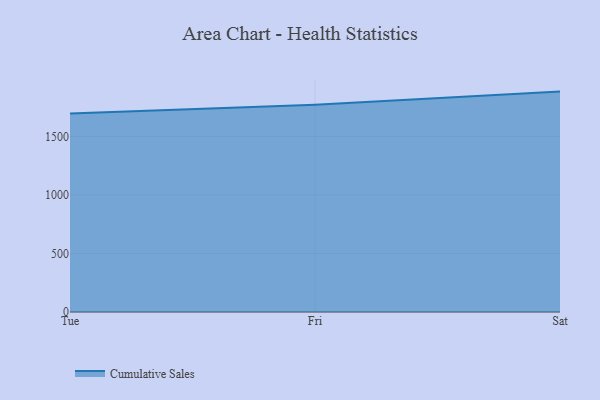
{"axis": {"x": "Day", "y": "Humidity (%)"}, "legend": ["Cumulative Sales"], "data": [{"x": "Tue", "y": 1695.2, "type": "Cumulative Sales"}, {"x": "Fri", "y": 1770.6, "type": "Cumulative Sales"}, {"x": "Sat", "y": 1883.3, "type": "Cumulative Sales"}]}